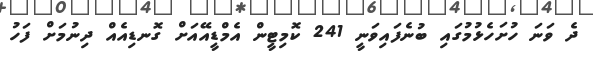
ދެ ވަނަ ހުށަހެޅުމުގައި ބުނެފައިވަނީ 241 ކޮމިޓީން އެމްޑީއޭއަށް ގޮނޑިއެއް ދިނުމަށް ފަހު